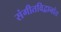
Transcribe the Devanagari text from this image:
संगीतविद्वानांत